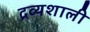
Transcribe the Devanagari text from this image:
द्रव्यशाली